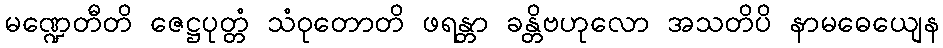
မဏ္ဍေတီတိ ဇေဋ္ဌပုတ္တံ သံဝုတောတိ ဖရန္တာ ခန္တိဗဟုလော အသတိပိ နာမဓေယျေန